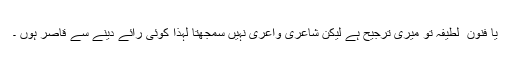
یا فنون ِ لطیفہ تو میری ترجیح ہے لیكن شاعری واعری نہیں سمجھتا لہذا كوئی رائے دینے سے قاصر ہوں ۔